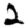
Digit: 2